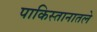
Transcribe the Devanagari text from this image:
पाकिस्तानातले